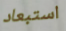
استبعاد